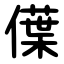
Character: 僷